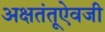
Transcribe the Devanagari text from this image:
अक्षतंतूऐवजी